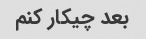
بعد چیکار کنم